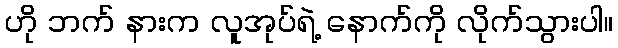
ဟို ဘက် နားက လူအုပ်ရဲ့ နောက်ကို လိုက်သွားပါ။